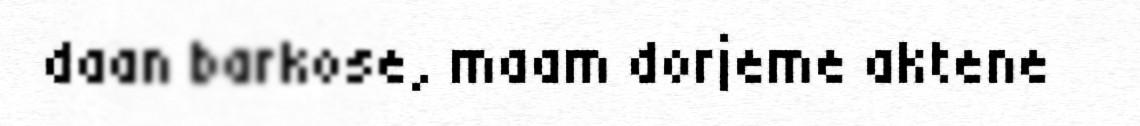
daan barkose, maam dorjeme aktene